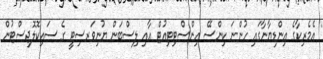
އެމެރިކާގެ އިންޑިޔާނާގައި ހުންނަ ކިންސޭ އިންސްޓިޓިއުޓް އާއި ލިސްބަން ޔުނިވަރސިޓީ ގެ ސައިކޮލޮޖިސްޓުން